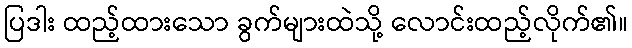
ပြဒါး ထည့်ထားသော ခွက်များထဲသို့ လောင်းထည့်လိုက်၏။